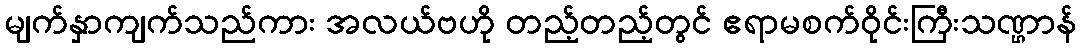
မျက်နှာကျက်သည်ကား အလယ်ဗဟို တည့်တည့်တွင် ဧရာမစက်ဝိုင်းကြီးသဏ္ဌာန်